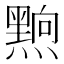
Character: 𮮗